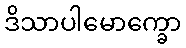
ဒိသာပါမောက္ခော